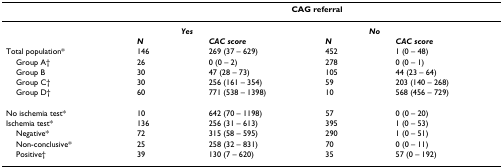
<table><thead><tr><td></td><td colspan="6"><b>CAG referral</b></td></tr></thead><tbody><tr><td></td><td></td><td><b><i>Yes</i></b></td><td></td><td></td><td><b><i>No</i></b></td><td></td></tr><tr><td></td><td><b><i>N</i></b></td><td></td><td><b><i>CAC score</i></b></td><td><b><i>N</i></b></td><td></td><td><b><i>CAC score</i></b></td></tr><tr><td>Total population*</td><td>146</td><td></td><td>269 (37 – 629)</td><td>452</td><td></td><td>1 (0 – 48)</td></tr><tr><td> Group A†</td><td>26</td><td></td><td>0 (0 – 2)</td><td>278</td><td></td><td>0 (0 – 1)</td></tr><tr><td> Group B</td><td>30</td><td></td><td>47 (28 – 73)</td><td>105</td><td></td><td>44 (23 – 64)</td></tr><tr><td> Group C†</td><td>30</td><td></td><td>256 (161 – 354)</td><td>59</td><td></td><td>203 (140 – 268)</td></tr><tr><td> Group D†</td><td>60</td><td></td><td>771 (538 – 1398)</td><td>10</td><td></td><td>568 (456 – 729)</td></tr><tr><td>No ischemia test*</td><td>10</td><td></td><td>642 (70 – 1198)</td><td>57</td><td></td><td>0 (0 – 20)</td></tr><tr><td>Ischemia test*</td><td>136</td><td></td><td>256 (31 – 613)</td><td>395</td><td></td><td>1 (0 – 53)</td></tr><tr><td> Negative*</td><td>72</td><td></td><td>315 (58 – 595)</td><td>290</td><td></td><td>1 (0 – 51)</td></tr><tr><td> Non-conclusive*</td><td>25</td><td></td><td>258 (32 – 831)</td><td>70</td><td></td><td>0 (0 – 11)</td></tr><tr><td> Positive†</td><td>39</td><td></td><td>130 (7 – 620)</td><td>35</td><td></td><td>57 (0 – 192)</td></tr></tbody></table>